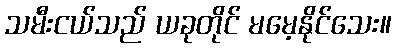
သမီးငယ်သည် ယခုတိုင် မမေ့နိုင်သေး။